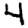
Digit: 4